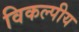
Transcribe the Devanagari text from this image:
विकल्पीय